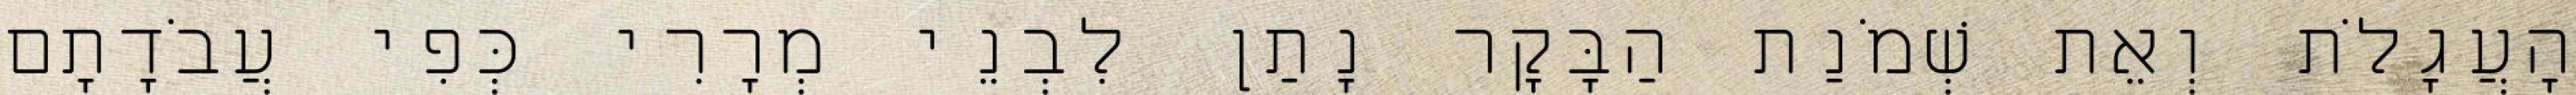
הָעֲגָלֹת וְאֵת שְׁמֹנַת הַבָּקָר נָתַן לִבְנֵי מְרָרִי כְּפִי עֲבֹדָתָם